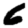
Digit: 6